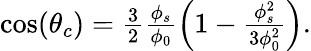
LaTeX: \begin{array}{r}{\cos(\theta_{c})=\frac{3}{2}\frac{\phi_{s}}{\phi_{0}}\left(1-\frac{\phi_{s}^{2}}{3\phi_{0}^{2}}\right).}\end{array}